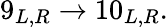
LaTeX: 9_{L,R}\rightarrow 10_{L,R}.